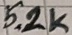
Text: 5.2K